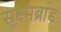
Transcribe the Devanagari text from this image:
सूक्ष्मब्रांड